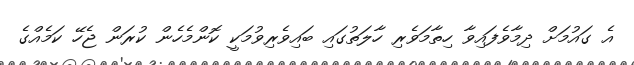
އެ ގައުމަށް ދިމާވެފައިވާ ހިތާމަވެރި ހާލަތުގައި ބައިވެރިވުމަކީ ކޮންމެހެން ކުރަން ޖެހޭ ކަމެއްގެ